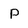
Character: P